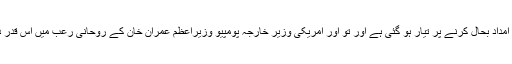
یہ اسی روحانی سفر کی برکات ہیں کہ امریکہ جیسی بدمست طاقت خود ہی ہماری امداد بحال کرنے پر تیار ہو گئی ہے اور تو اور امریکی وزیر خارجہ پومپیو وزیراعظم عمران خان کے روحانی رعب میں اس قدر دب گئے کہ انہوں نے واپس جاتے ہی روکی ہوئی امداد بحال کرنے کا عندیہ دیدیا۔